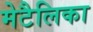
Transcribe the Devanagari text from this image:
मेटैलिका